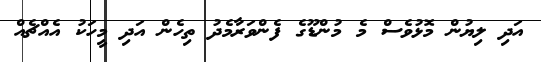
އަދި ލިޔުން މޮޅުވެސް މެ މުންޑޫގެ ފެންވަރާމެދު ތިހެން އަދި މީހަކު އެއްޗެއް